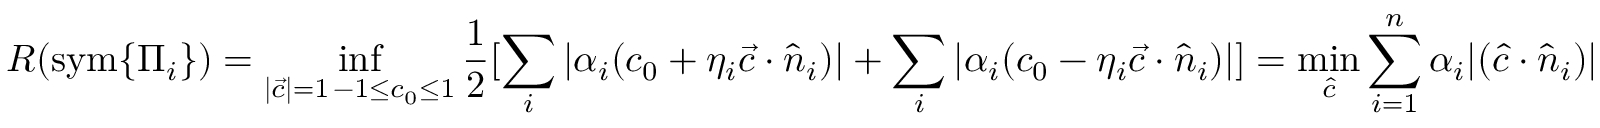
R ( \mathrm { s y m } \{ \Pi _ { i } \} ) = \operatorname* { i n f } _ { \substack { | \vec { c } | = 1 \, - 1 \le c _ { 0 } \le 1 } } \frac { 1 } { 2 } [ \sum _ { i } | \alpha _ { i } ( c _ { 0 } + \eta _ { i } \vec { c } \cdot \hat { n } _ { i } ) | + \sum _ { i } | \alpha _ { i } ( c _ { 0 } - \eta _ { i } \vec { c } \cdot \hat { n } _ { i } ) | ] = \operatorname* { m i n } _ { \hat { c } } \sum _ { i = 1 } ^ { n } \alpha _ { i } | ( \hat { c } \cdot \hat { n } _ { i } ) |